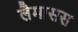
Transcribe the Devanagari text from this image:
लैमासस